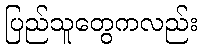
ပြည်သူတွေကလည်း